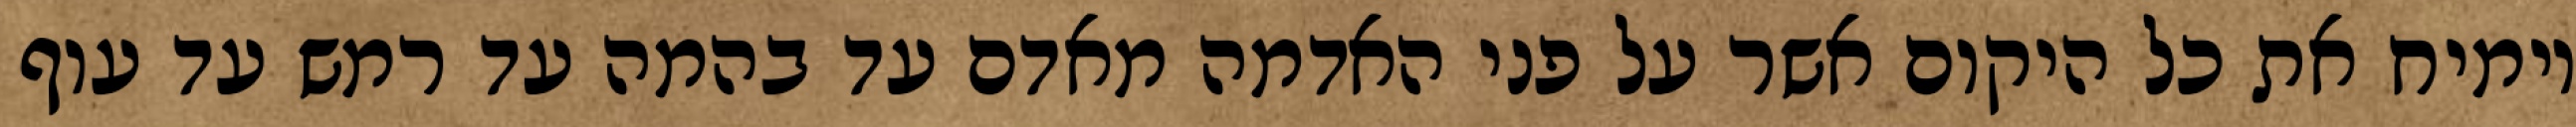
וימיח את כל היקום אשר על פני האדמה מאדם עד בהמה עד רמש עד עוף